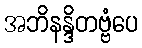
အဘိနန္ဒိတဗ္ဗံပေ